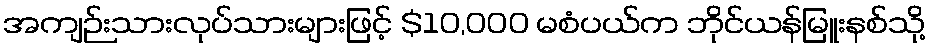
အကျဉ်းသားလုပ်သားများဖြင့် $10,000 မစံပယ်က ဘိုင်ယန်မြူးနစ်သို့